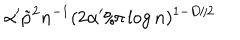
LaTeX: \alpha ^ { \prime } \tilde { p } ^ { 2 } n ^ { - 1 } ( 2 \alpha ^ { \prime } / \pi \log n ) ^ { 1 - D / 2 }